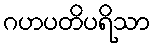
ဂဟပတိပရိသာ